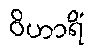
ဝိဟာရိံ